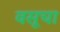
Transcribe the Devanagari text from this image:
वसूचा